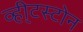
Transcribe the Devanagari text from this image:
व्ही्टस्टोन